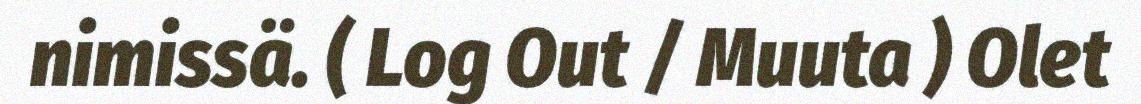
nimissä. ( Log Out / Muuta ) Olet